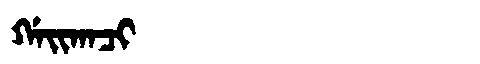
Manchu: ᡤᠠᡳᡴᠠᠴᡳ
Romanization: GAIKACI